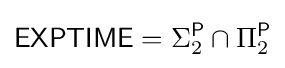
{\mathsf {EXPTIME}}=\Sigma _{2}^{\mathsf {P}}\cap \Pi _{2}^{\mathsf {P}}